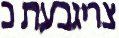
צריגבעת כ